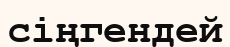
сіңгендей